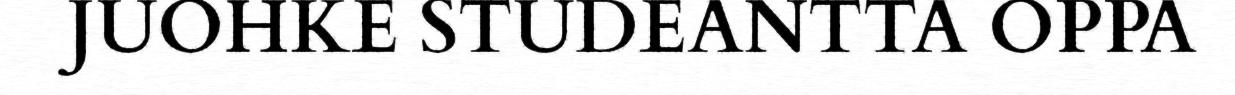
JUOHKE STUDEANTTA OPPA